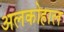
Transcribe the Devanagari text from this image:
अलकोहाल